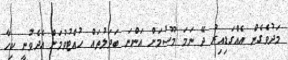
މަދުވެގެން އެއްގަޑިއިރު ދޭ ނަމަ މޫސުމަށް އަންނަ ބަދަލުތައް ހުއްޓުވުމަށް އެދެވުނީ ކިހާ